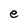
Character: e